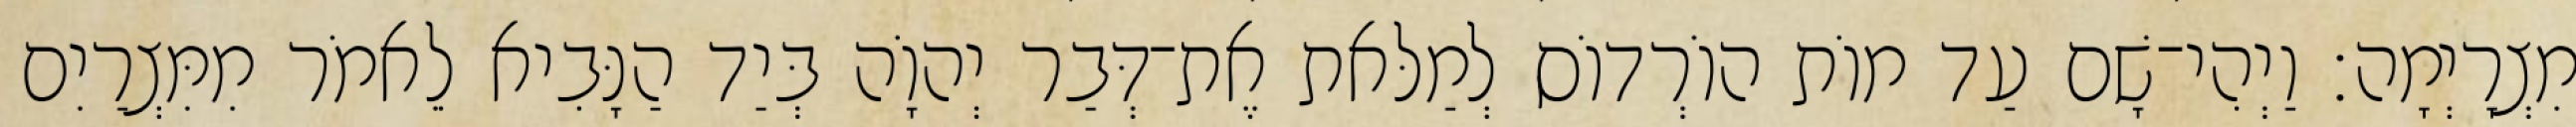
מִצְרָיְמָה׃ וַיְהִי־שָׁם עַד מוֹת הוֹרְדוֹס לְמַלּאת אֶת־דְּבַר יְהוָֹה בְּיַד הַנָּבִיא לֵאמֹר מִמִּצְרַיִם